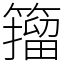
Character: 籀